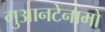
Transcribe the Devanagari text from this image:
गुआनटेनामो